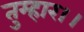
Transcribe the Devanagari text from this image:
तुम्‍हार।।